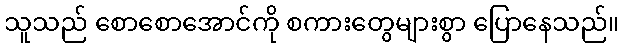
သူသည် စောစောအောင်ကို စကားတွေများစွာ ပြောနေသည်။